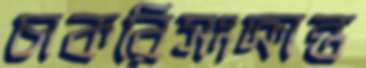
চাকরিসংক্রান্ত